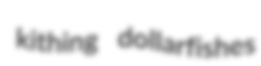
kithing dollarfishes